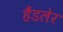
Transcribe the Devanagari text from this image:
हैंडलेर